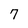
Character: 7